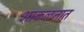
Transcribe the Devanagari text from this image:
आकलनात